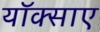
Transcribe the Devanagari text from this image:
यॉक्साए